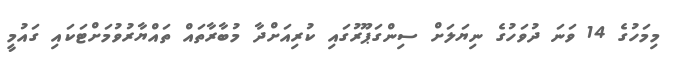
މިމަހުގެ 14 ވަނަ ދުވަހުގެ ނިޔަލަށް ސިންގަޕޫރުގައި ކުރިއަށްދާ މުބާރާތައް ތައްޔާރުވުމަށްޓަކައި ގައުމީ